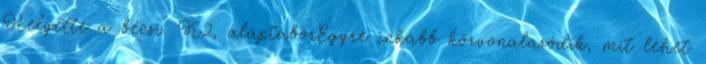
Helyette a bécsi. K2, alaptáborEgyre inkább körvonalazódik, mit lehet